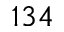
1 3 4